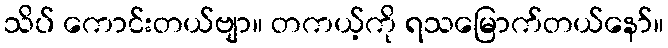
သိပ် ကောင်းတယ်ဗျာ။ တကယ့်ကို ရသမြောက်တယ်နော်။